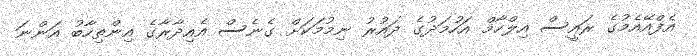
އެފްއޭއެމުގެ ރައީސް އިލްހާމް އަހުމަދުގެ ދައުރު ނިމުމަކަށް ގެނެސް އެއިދާރާގެ އިންތިހާބު އަންނަ